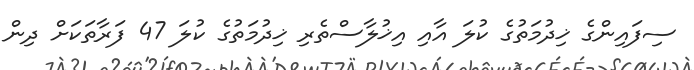
ސިފައިންގެ ޚިދުމަތުގެ ކުލަ އާއި އިޚުލާސްތެރި ޚިދުމަތުގެ ކުލަ 47 ފަރާތަކަށް ދިން